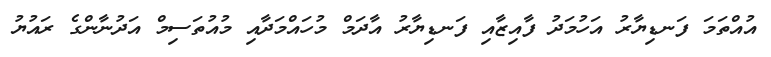
އުއްތަމަ ފަނޑިޔާރު އަހުމަދު ފާއިޒާއި ފަނޑިޔާރު އާދަމް މުހައްމަދާއި މުއުތަސިމް އަދުނާންގެ ރައުޔު